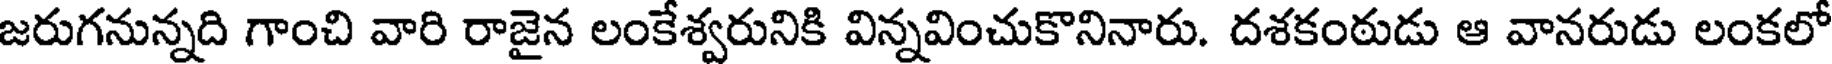
జరుగనున్నది గాంచి వారి రాజైన లంకేశ్వరునికి విన్నవించుకొనినారు. దశకంఠుడు ఆ వానరుడు లంకలో